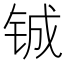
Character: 铖